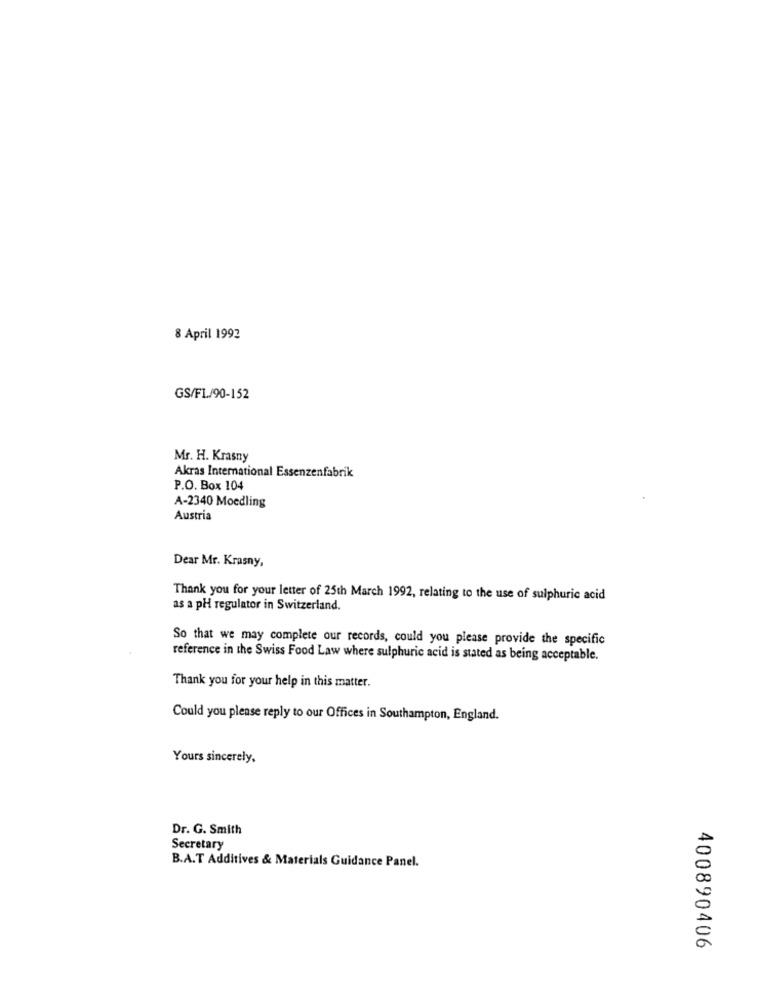
8 April 1992
GS/F1./90-152
Mr. H. Krasny
Akras International Essenzenfabrik
P.O. Box 104
A-2340 Moedling
Austria
Dear Mr. Krasny,
Thank you for your letter of 25th March 1992, relating to the use of sulphuric acid
as a pH regulator in Switzerland.
So that we may complete our records, could you please provide the specific
reference in the Swiss Food Law where sulphuric acid is stated as being acceptable.
Thank you for your help in this matter.
Could you please reply to our Offices in Southampton, England.
Yours sincerely,
Dr. G. Smith
Secretary
B.A.T Additives & Materials Guidance Panel.
400890406